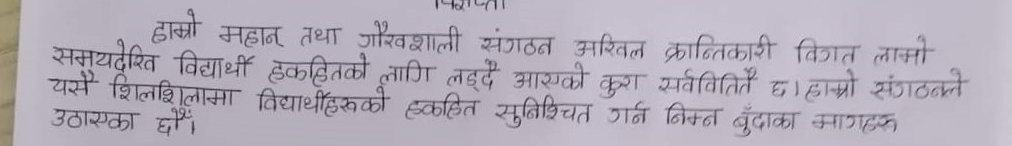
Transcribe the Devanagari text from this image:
हाम्रो महान् तथा गौरवशाली संगठन अखिल क्रान्तिकारी विगत लामो
समयदेखि विद्यार्थी हकहितको लागि लड्‌दै आएको कुरा सर्ववितितै छ। हाम्रो संगठनले
यसै शिलशिलामा विद्यार्थीहरुको हकहित सुनिश्चित गर्न निम्न बुँदाका मागहरू
उठाएका छौं।